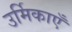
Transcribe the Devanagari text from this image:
उर्मिकाएँ